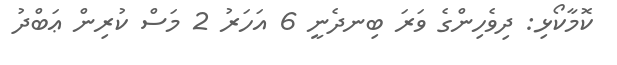
ކޮމާކޯޅި: ދިވެހިންގެ ވަރަ ބިނދެނީ 6 އަހަރު 2 މަސް ކުރިން ޢަބްދު